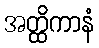
အတ္ထိကာနံ